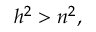
h ^ { 2 } > n ^ { 2 } ,